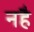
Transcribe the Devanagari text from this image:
नहै